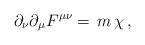
\begin{align*}\partial_\nu\partial_\mu F^{\mu\nu}=\,m\,\chi\,,\end{align*}